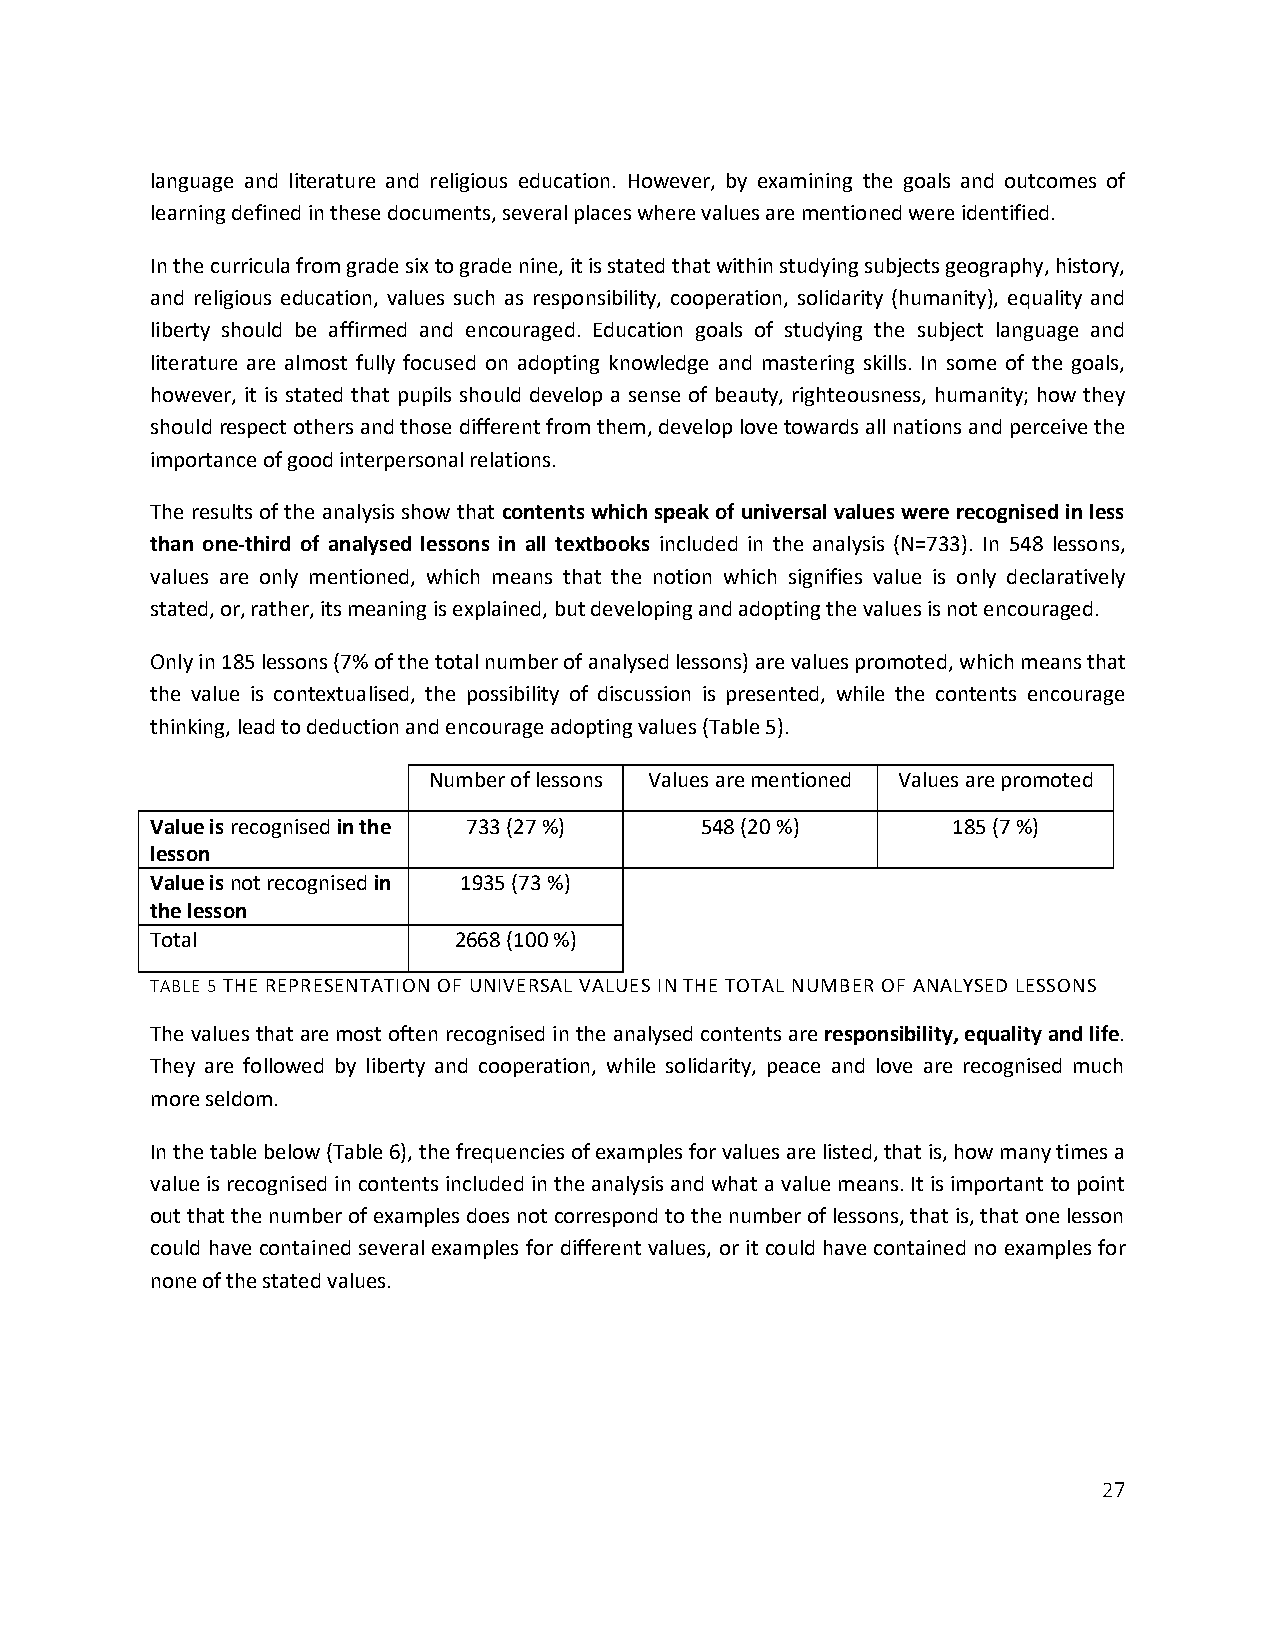
language and literature and religious education. However, by examining the goals and outcomes of
 learning defined in these documents, several places where values are mentioned were identified.
 In the curricula from grade six to grade nine, it is stated that within studying subjects geography, history,
 and religious education, values such as responsibility, cooperation, solidarity (humanity), equality and
 liberty should be affirmed and encouraged. Education goals of studying the subject language and
 literature are almost fully focused on adopting knowledge and mastering skills. In some of the goals,
 however, it is stated that pupils should develop a sense of beauty, righteousness, humanity; how they
 should respect others and those different from them, develop love towards all nations and perceive the
 importance of good interpersonal relations.
 The results of the analysis show that contents which speak of universal values were recognised in less
 than one-third of analysed lessons in all textbooks included in the analysis (N=733). In 548 lessons,
 values are only mentioned, which means that the notion which signifies value is only declaratively
 stated, or, rather, its meaning is explained, but developing and adopting the values is not encouraged.
 Only in 185 lessons (7% of the total number of analysed lessons) are values promoted, which means that
 the value is contextualised, the possibility of discussion is presented, while the contents encourage
 thinking, lead to deduction and encourage adopting values (Table 5).
 Number of lessons Values are mentioned Values are promoted
 Value is recognised in the 733 (27 %) 548 (20 %)     185 (7 %)
 lesson
 Value is not recognised in 1935 (73 %)
 the lesson
 Total               2668 (100 %)
 TABLE 5 THE REPRESENTATION OF UNIVERSAL VALUES IN THE TOTAL NUMBER OF ANALYSED LESSONS
 The values that are most often recognised in the analysed contents are responsibility, equality and life.
 They are followed by liberty and cooperation, while solidarity, peace and love are recognised much
 more seldom.
 In the table below (Table 6), the frequencies of examples for values are listed, that is, how many times a
 value is recognised in contents included in the analysis and what a value means. It is important to point
 out that the number of examples does not correspond to the number of lessons, that is, that one lesson
 could have contained several examples for different values, or it could have contained no examples for
 none of the stated values.
 27